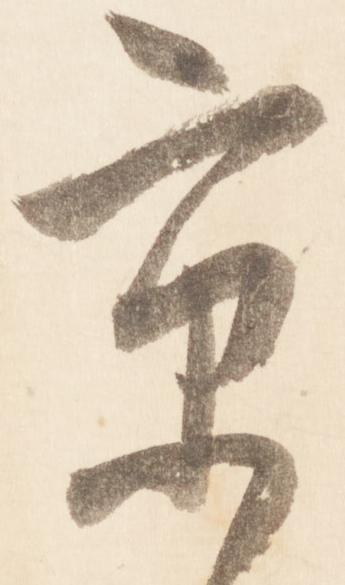
京